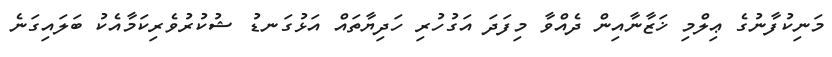
މަނިކުފާނުގެ ޢިލްމި ޚަޒާނާއިން ދެއްވާ މިފަދަ އަގުހުރި ހަދިޔާތައް އަޅުގަނޑު ޝުކުރުވެރިކަމާއެކު ބަލައިގަނެ